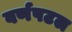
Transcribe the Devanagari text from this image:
वर्णपटल